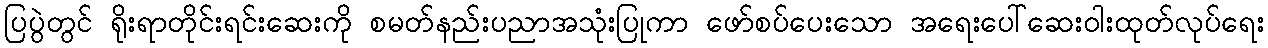
ပြပွဲတွင် ရိုးရာတိုင်းရင်းဆေးကို စမတ်နည်းပညာအသုံးပြုကာ ဖော်စပ်ပေးသော အရေးပေါ်ဆေးဝါးထုတ်လုပ်ရေး